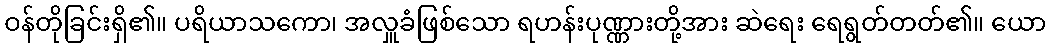
ဝန်တိုခြင်းရှိ၏။ ပရိယာသကော၊ အလှူခံဖြစ်သော ရဟန်းပုဏ္ဏားတို့အား ဆဲရေး ရေရွတ်တတ်၏။ ယော